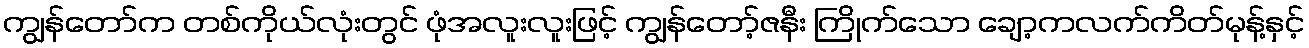
ကျွန်တော်က တစ်ကိုယ်လုံးတွင် ဖုံအလူးလူးဖြင့် ကျွန်တော့်ဇနီး ကြိုက်သော ချော့ကလက်ကိတ်မုန့်နှင့်